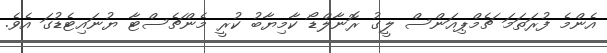
އެންމެ ފުރަތަމަ ޗެމްޕިއަންސް ލީގު ރޮނާލްޑޯ ކާމިޔާބު ކުރީ މެންޗެސްޓާ ޔުނައިޓެޑުގަ އެވެ.